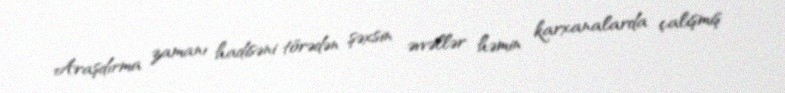
Araşdırma zamanı hadisəni törədən şəxsin əvvəllər həmin karxanalarda çalışmış